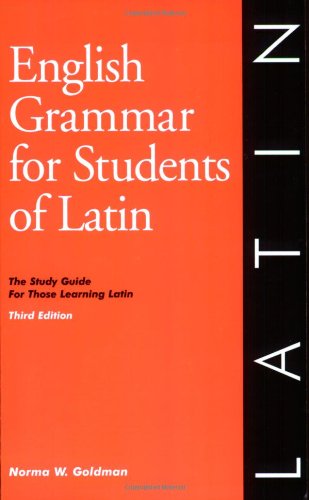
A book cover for English Grammar for Students of Latin: The Study Guide for Those Learning Latin, Third edition (O&H Study Guide) (English Grammar Series); Norma Goldman; Reference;